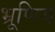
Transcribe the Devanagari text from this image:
भ्रूणिय